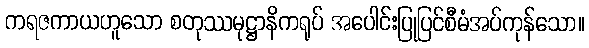
ကရဇကာယဟူသော စတုဿမုဋ္ဌာနိကရုပ် အပေါင်းပြုပြင်စီမံအပ်ကုန်သော။